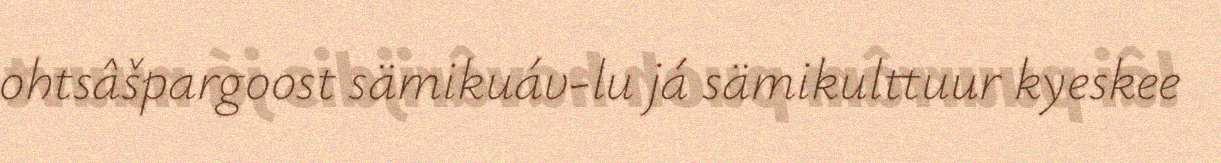
ohtsâšpargoost sämikuáv-lu já sämikulttuur kyeskee